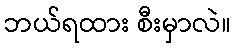
ဘယ်ရထား စီးမှာလဲ။